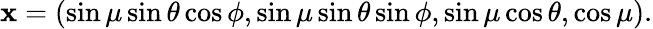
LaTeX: \mathbf{x}=\left(\sin\mu\sin\theta\cos\phi,\sin\mu\sin\theta\sin\phi,\sin\mu\cos\theta,\cos\mu\right).